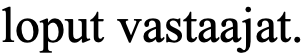
loput vastaajat.